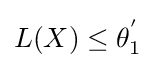
L(X)\leq \theta _{1}^{'}